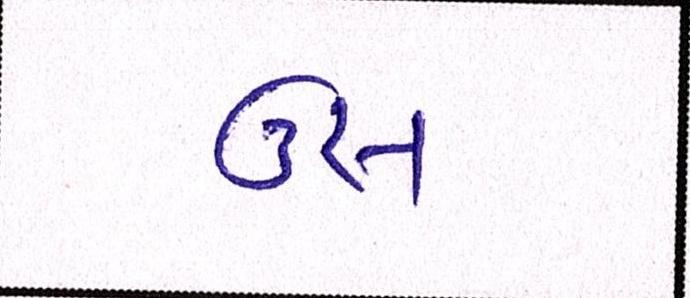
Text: ઉસ